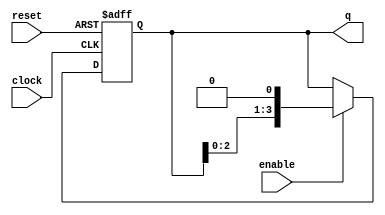
module RingCounter (
    input wire clock,
    input wire reset,
    input wire enable,
    output wire [3:0] q
);

reg [3:0] q_next, q_reg;

always @(posedge clock or posedge reset) begin
    if (reset) begin
        q_reg <= 4'b0001;
    end else if (enable) begin
        q_reg <= q_next;
    end
end

always @* begin
    q_next = q_reg << 1;
end

assign q = q_reg;

endmodule